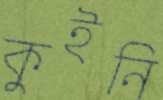
কুইনি